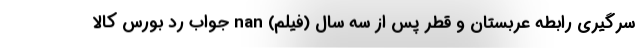
سرگیری رابطه عربستان و قطر پس از سه سال (فیلم) nan جواب رد بورس کالا